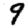
Digit: 9